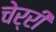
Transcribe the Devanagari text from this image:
चेर्री